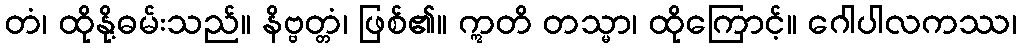
တံ၊ ထိုနို့ဓမ်းသည်။ နိဗ္ဗတ္တံ၊ ဖြစ်၏။ ဣတိ တသ္မာ၊ ထိုကြောင့်။ ဂေါပါလကဿ၊